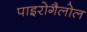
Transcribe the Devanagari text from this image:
पाइरोगैलोल